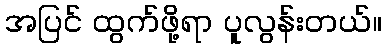
အပြင် ထွက်ဖို့ရာ ပူလွန်းတယ်။